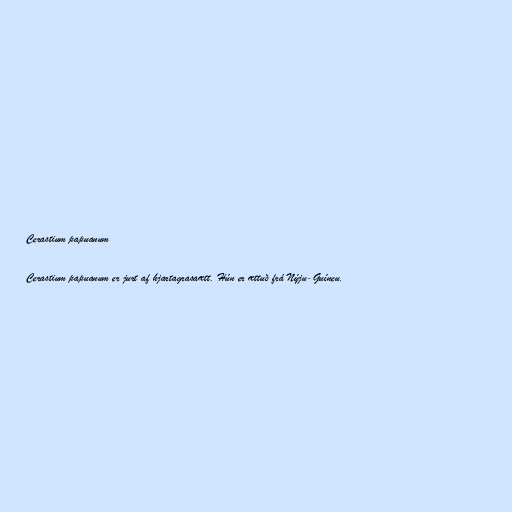
Cerastium papuanum

Cerastium papuanum er jurt af hjartagrasaætt. Hún er ættuð frá Nýju-Guíneu.